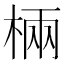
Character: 𣓈